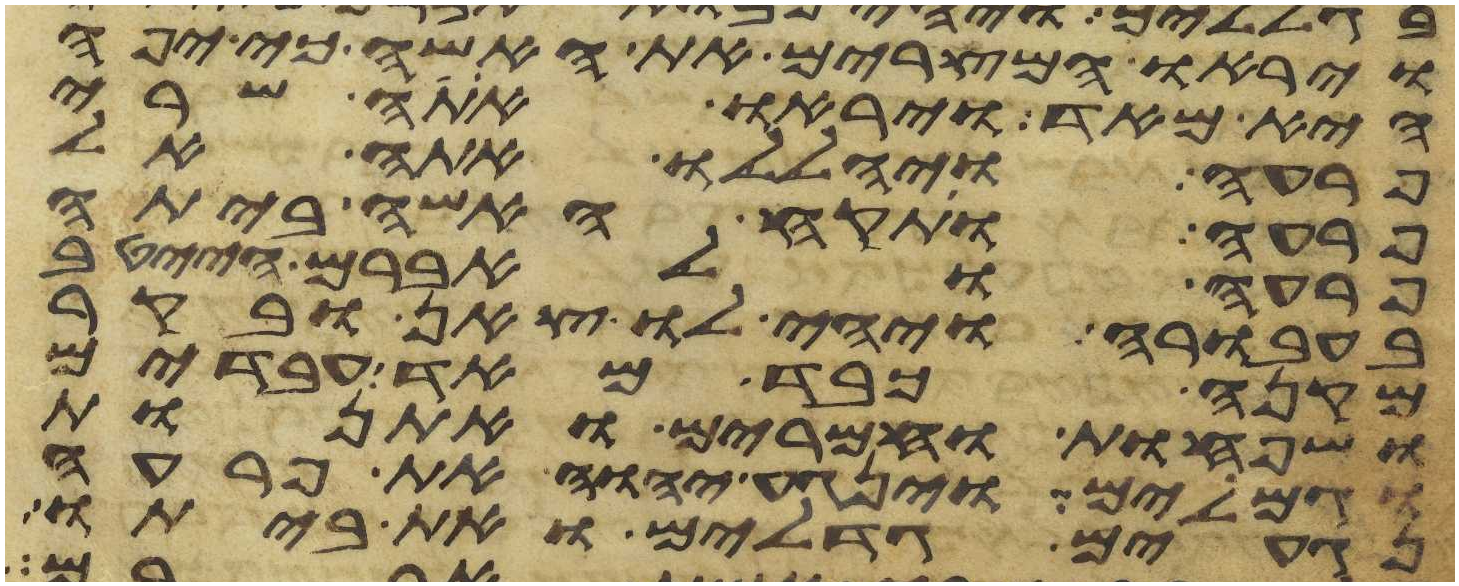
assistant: ויראו המצרים את האשה כי יפה
היא מאד ויראו אתה שרי
פרעה ויהללו אתה אל
פרעה ותקח האשה ביתה
פרעה ולאברם הייטב
בעבורה ויהי לו צאן ובקר
מקנה כבד מאד עבדים
ושפחות וחמרים ואתנות
וגמלים וינגע יהוה את פרעה
נגעים גדלים ואת ביתו